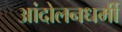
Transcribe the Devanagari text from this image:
आंदोलनधर्मी